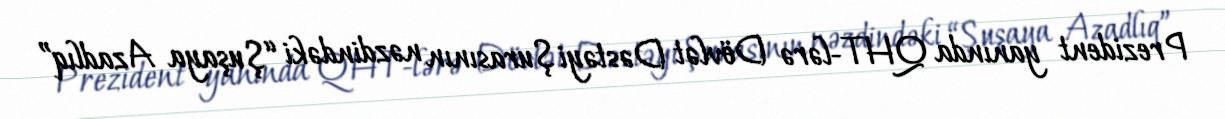
Prezident yanında QHT-lərə Dövlət Dəstəyi Şurasının nəzdindəki “Şuşaya Azadlıq”